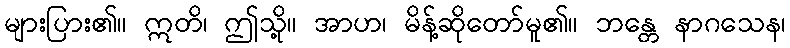
များပြား၏။ ဣတိ၊ ဤသို့။ အာဟ၊ မိန့်ဆိုတော်မူ၏။ ဘန္တေ နာဂသေန၊